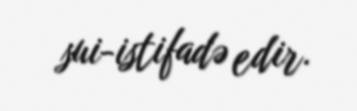
sui-istifadə edir.